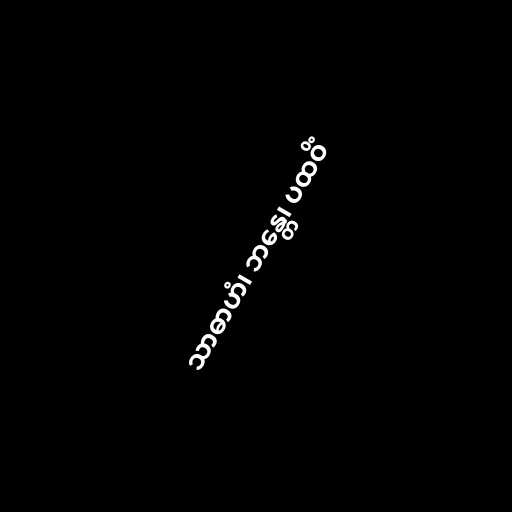
သာဓာဟံ၊ ဘန္တေ၊ ပထဝိံ